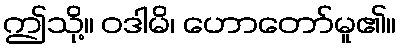
ဤသို့။ ဝဒါမိ၊ ဟောတော်မူ၏။